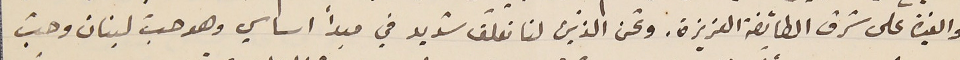
والغيرة على شرف الطائفة العزيزة. ونحن الذين لنا تعلّق شديد في مبداً اساسي وهو حبّ لبنان وحبّ